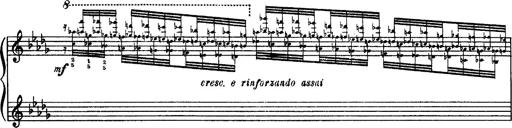
Title: Paraphrase de concert sur Rigoletto
Composer: Franz Liszt